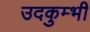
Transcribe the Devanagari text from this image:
उदकुम्भी